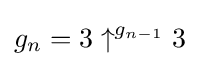
g_{n}=3\uparrow ^{g_{n-1}}3